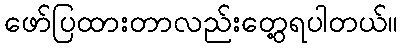
ဖော်ပြထားတာလည်းတွေ့ရပါတယ်။